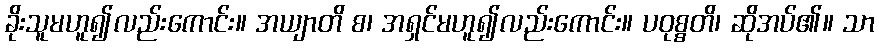
ခိုးသူမဟူ၍လည်းကောင်း။ အယျာတိ စ၊ အရှင်မဟူ၍လည်းကောင်း။ ပဝုစ္စတိ၊ ဆိုအပ်၏။ သာ